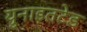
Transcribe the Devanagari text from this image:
युनाइतटेड